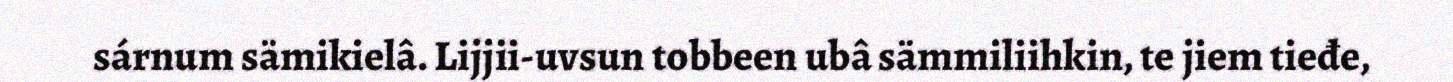
sárnum sämikielâ. Lijjii-uvsun tobbeen ubâ sämmiliihkin, te jiem tieđe,